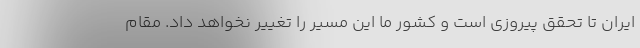
ایران تا تحقق پیروزی است و کشور ما این مسیر را تغییر نخواهد داد. مقام